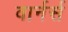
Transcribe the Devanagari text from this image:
वार्नर्स